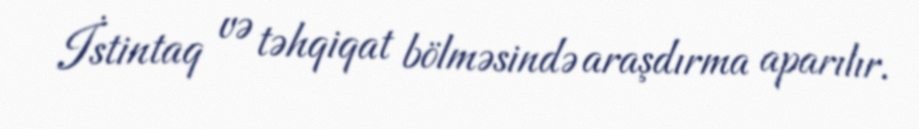
İstintaq və təhqiqat bölməsində araşdırma aparılır.